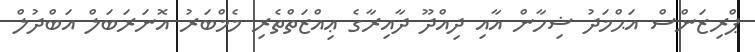
ޕްރިޒަންސް އަޙްމަދު ޝިހާން އާއި ދިއްދޫ ދާއިރާގެ ޢިއްޒަތްތެރި މެމްބަރު އޮނަރަބަލް އަބްދުލް